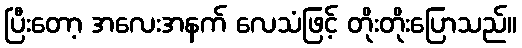
ပြီးတော့ အလေးအနက် လေသံဖြင့် တိုးတိုးပြောသည်။